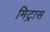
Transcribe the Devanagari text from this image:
मिट्रास